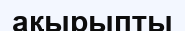
ақырыпты